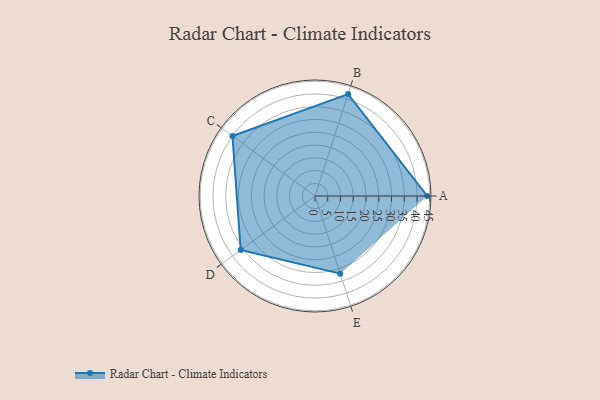
{"axis": {"x": "Skill", "y": "Score"}, "legend": ["Profile"], "data": [{"x": "A", "y": 44.0, "type": "Profile"}, {"x": "B", "y": 42.0, "type": "Profile"}, {"x": "C", "y": 40.0, "type": "Profile"}, {"x": "D", "y": 36.0, "type": "Profile"}, {"x": "E", "y": 32.0, "type": "Profile"}]}